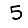
Digit: 5